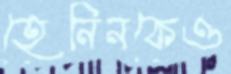
হেনিনকেও